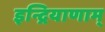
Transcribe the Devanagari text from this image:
इन्द्रियाणाम्